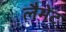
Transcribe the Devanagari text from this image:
लैमेंट